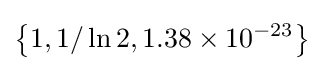
\left\{1,1/\ln 2,1.38\times 10^{-23}\right\}